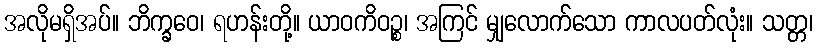
အလိုမရှိအပ်။ ဘိက္ခဝေ၊ ရဟန်းတို့။ ယာဝကိဝဉ္စ၊ အကြင် မျှလောက်သော ကာလပတ်လုံး။ သတ္တ၊